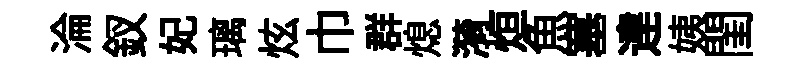
淪釵妃璃炫巾群熄漪烜魚塞䢖姨閨